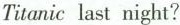
Titanic last night?